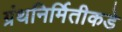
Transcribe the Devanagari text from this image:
ग्रंथनिर्मितीकडे